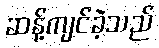
ဆန့်ကျင်ခဲ့သည်